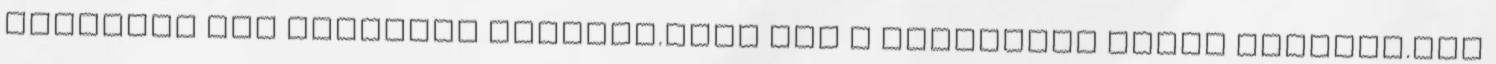
papoltál meg másoknak esetleg.hogy így a misztikus világ segítői.meg